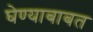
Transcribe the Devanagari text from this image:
घेण्याबाबत